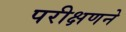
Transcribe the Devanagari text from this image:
परीक्षणने